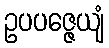
ဥပပဇ္ဇေယျံ